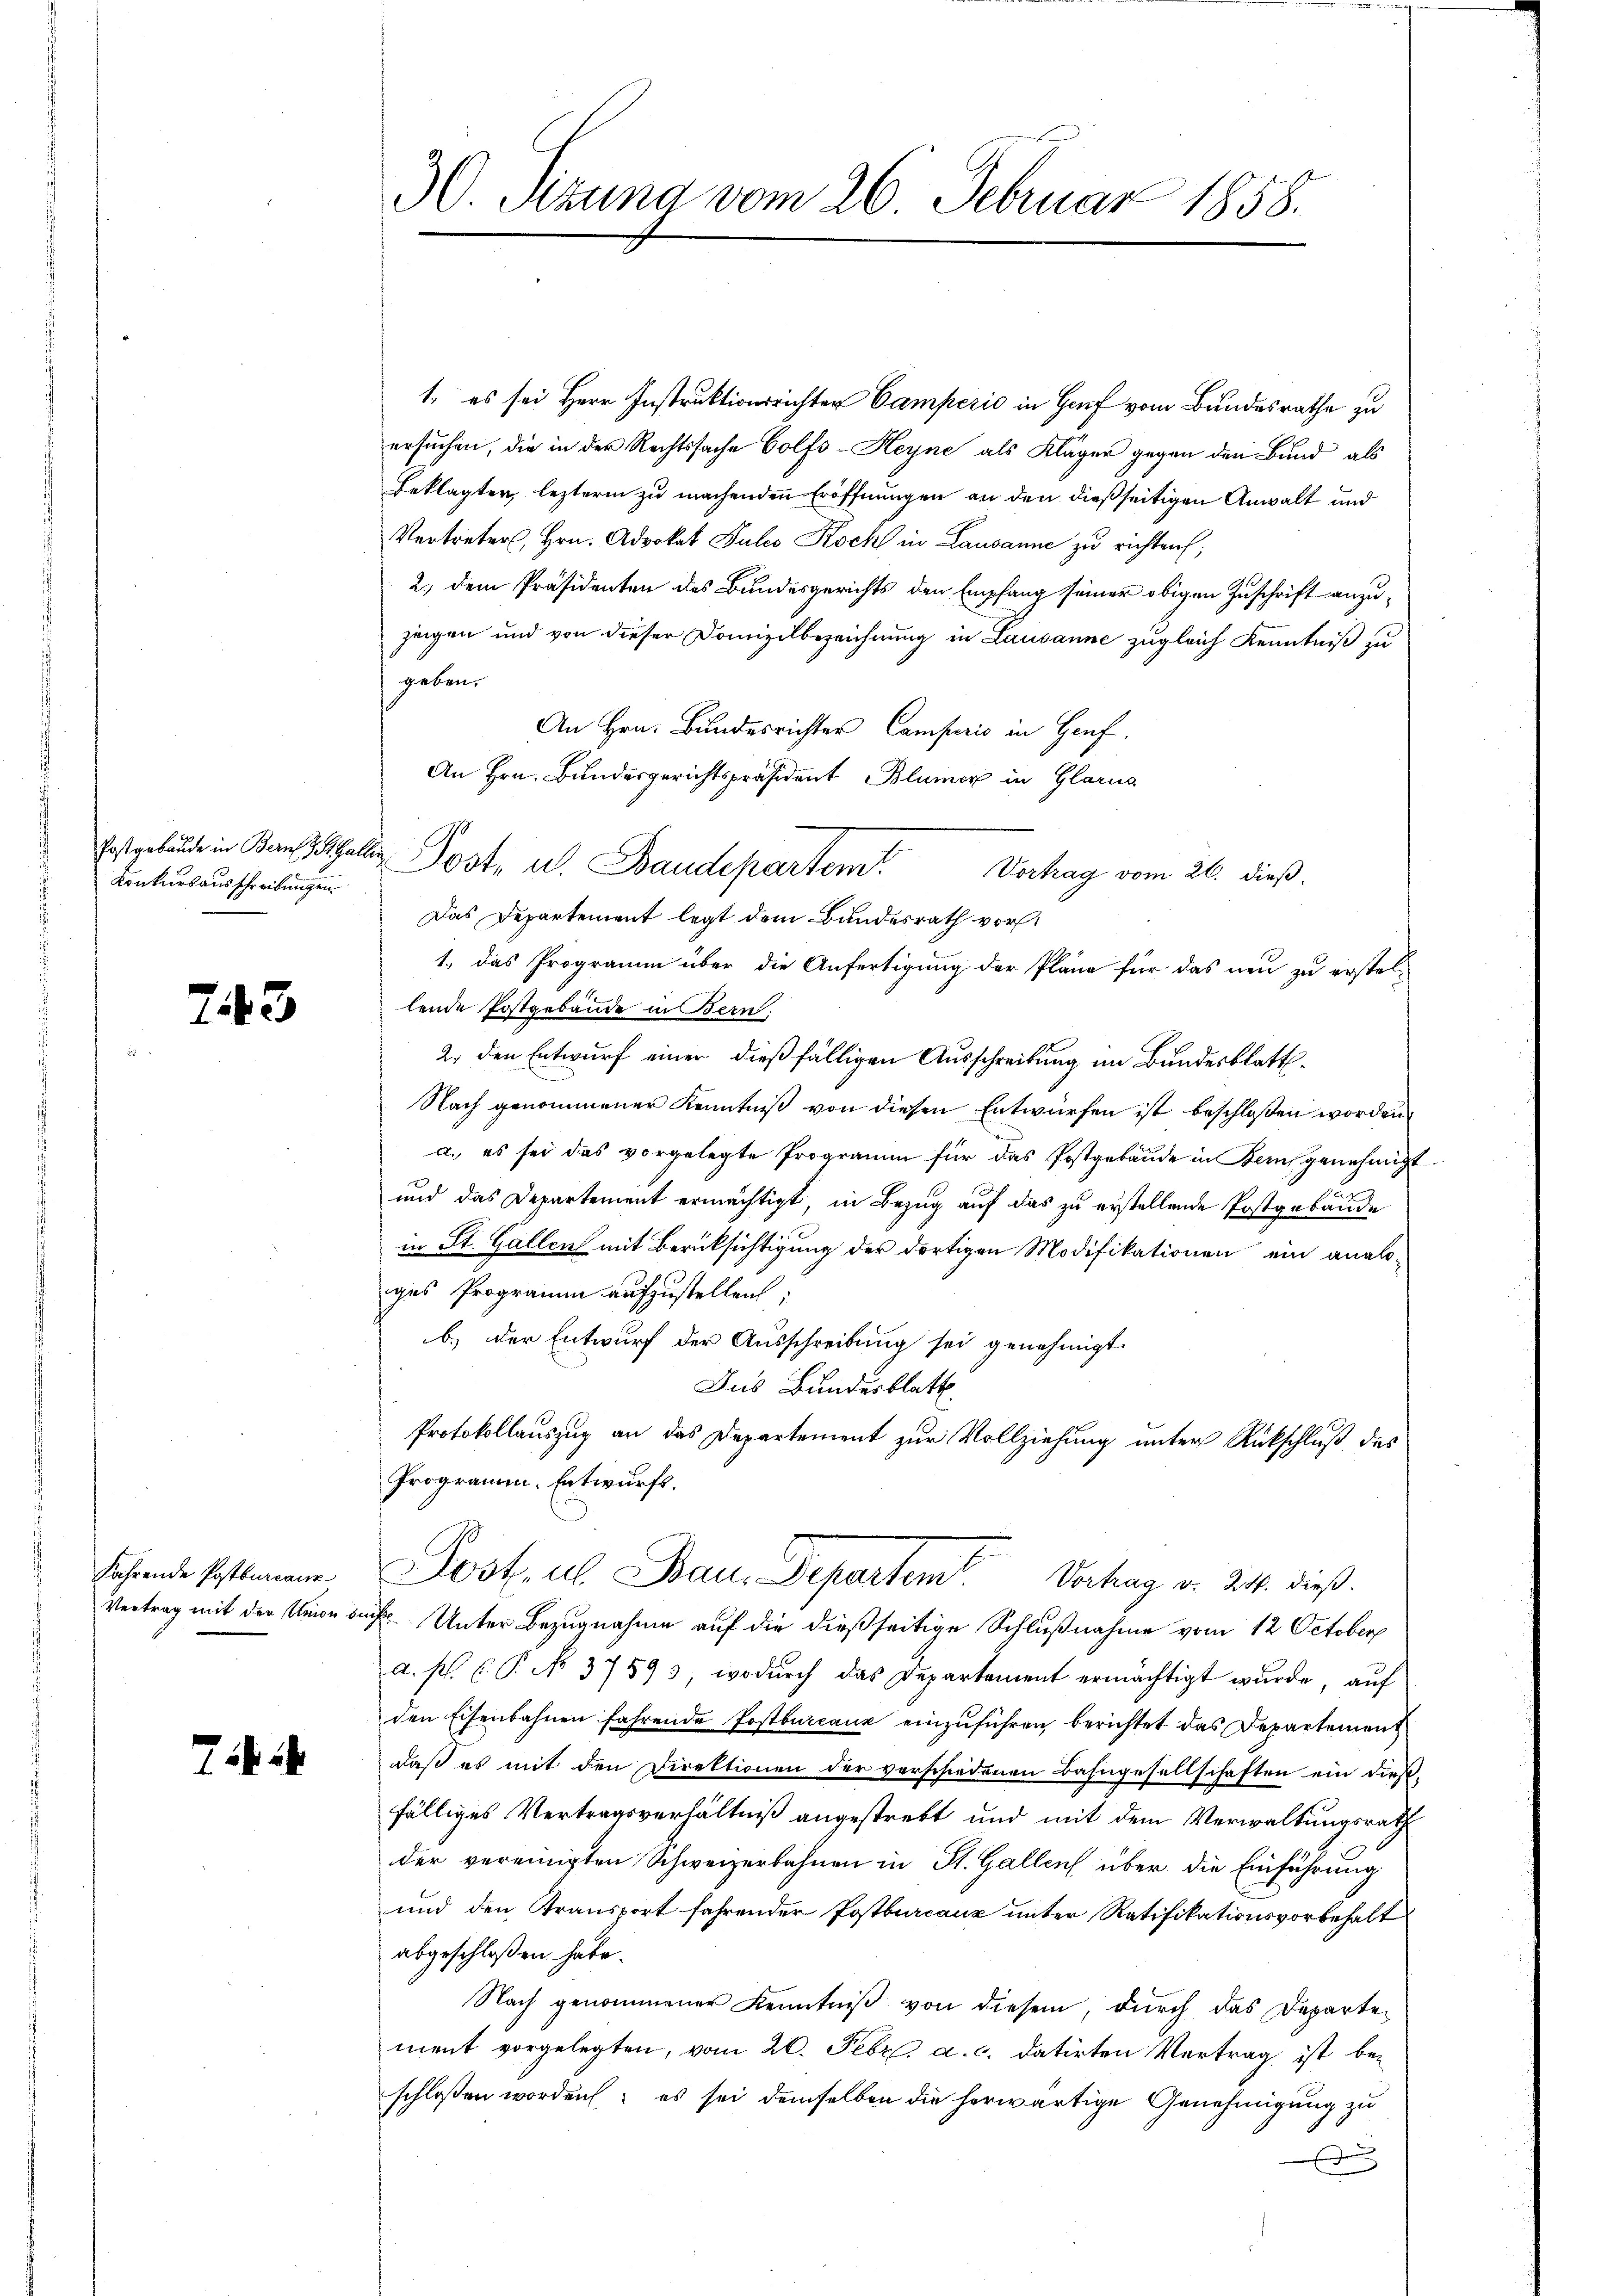
Postgebäude in Bern Gal
Konkursausschreibungen

243

fahrende Postbureau
Vertrag mit der Union d

30. Sizung vom 26. Februar 1858.

1. es sei Herr Instruktionsrichter Camperio in Hof vom Bundesrathe zu
ersuchen, die in der Rechtssache Golfs-Heyne als Kläger gegen den Bund, als
Beklagten, lezterm zu machenden Eröffnungen an den dießseitigen Anwalt und
Vertreter, Hrn. Advokat Julio Koch in Lausanne zu richten;
2.) Dem Präsidenten des Bundesgerichts den Empfang seiner obigen Zuschrift anzuzeigen und von dieser Domizilbezeichnung in Lausanne zugleich Kenntniß zu
geben.
An Hrn. Bundesrichter Camperio in Genf.
An Hrn. Bundesgerichtspräsident Blümer in Glarus
u
Vortrag vom 26. dieß.
Das Departement legt dem Bundesrath vor¬
1.) Das Programm über die Anfertigung der Pläne für das neu zu erstel-
lende Postgebäude in Bern.
2. den Entwurf einer dießfälligen Ausschreibung im Bundesblatt¬
Nach genommener Kenntniß von diesen Entwürfen ist beschlossen worden,
a. es sei das vorgelegte Programm für das Postgebäude in Bern genehmigt.
E
und das Departement ermächtigt, in Bezug auf das zu erstellende Postgebäude
in St. Gallen mit Berücksichtigung der dortigen Modifikationen ein analoiges Programm aufzustellen;
b.) der Entwurf der Ausschreibung sei genehmigt.
Ins Bundesblatt
Protokollauszug an das Departement zur Vollziehung unter Rückschluß des
Programm. Entwurfs.
Post. ab. Bau, Departem Vortrag v. 24. dieß.
ir. Unter Bezugnahme auf die dießseitige Schlußnahme vom 12 October
a. p. C. P. No. 37593, wodurch das Departement ermächtigt wurde, auf
den Eisenbahnen fahrende Postbureaux einzuführen, berichtet das Departement
daß es mit den Direktionen der verschiedenen Bahngesellschaften ein dieß-
fälliges Vertragsverhältniß angestrebt und mit dem Verwaltungsrath
der vereinigten Schweizerbahnen in St. Gallen über die Einführung
und den Transport fahrender Postburcauz unter Ratifikationsvorbehalt
abgeschloßen habe.
Nach genommener Kenntniß von diesem, durch das Departement vorgelegten, vom 20. Febr. a. c. datirten Vertrag, ist beschlossen worden; es sei demselben die herwärtige Genehmigung zu
x

Poste u. Baudepartem